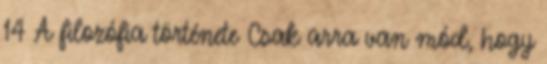
14 A filozófia története Csak arra van mód, hogy